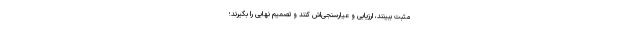
مثبت ببینند، ارزیابی و عیارسنجی‌اش کنند و تصمیم نهایی را بگیرند؛